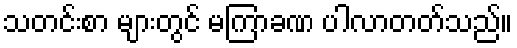
သတင်းစာ များတွင် မကြာခဏ ပါလာတတ်သည်။